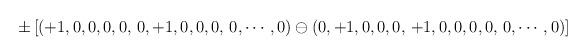
LaTeX: \begin{align*}\pm \left [ (+1,0,0,0,0, \, 0,+1,0,0,0,\, 0,\cdots, 0) \ominus(0,+1,0,0,0,\, +1,0,0,0,0, \, 0,\cdots, 0) \right ]\end{align*}